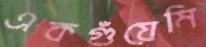
একগুঁয়েমি